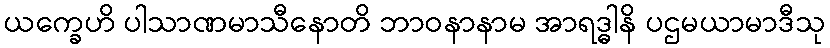
ယက္ခေဟိ ပါသာဏမာသီနောတိ ဘာဝနာနာမ အာရဒ္ဓါနိ ပဌမယာမာဒီသု